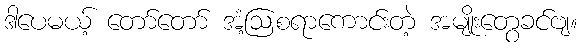
ဒါပေမယ့် တော်တော် အံ့ဩစရာကောင်းတဲ့ အမျိုးတွေခင်ဗျ။